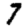
Digit: 7